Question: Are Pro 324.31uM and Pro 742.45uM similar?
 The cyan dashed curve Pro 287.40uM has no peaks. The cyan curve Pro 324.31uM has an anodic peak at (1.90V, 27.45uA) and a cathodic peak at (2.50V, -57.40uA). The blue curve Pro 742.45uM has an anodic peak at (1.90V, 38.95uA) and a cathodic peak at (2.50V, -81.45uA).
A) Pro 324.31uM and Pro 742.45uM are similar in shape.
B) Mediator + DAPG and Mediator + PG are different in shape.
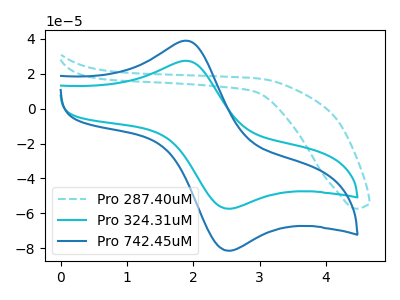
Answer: <think>All the peaks in "Pro 324.31uM" have a peak in "Pro 742.45uM" at the same potential. Every peak in "Pro 324.31uM" is lower than every peak in "Pro 742.45uM".
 </think>
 <answer>A) "Pro 324.31uM" and "Pro 742.45uM" are similar in shape.</answer>
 <eval>A</eval>